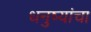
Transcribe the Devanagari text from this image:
धनुष्यांचा